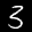
Label: 3